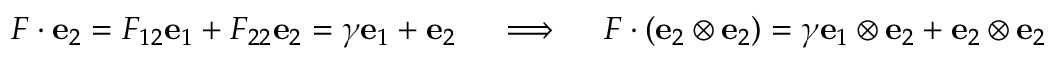
{ \boldsymbol { F } } \cdot \mathbf { e } _ { 2 } = F _ { 1 2 } \mathbf { e } _ { 1 } + F _ { 2 2 } \mathbf { e } _ { 2 } = \gamma \mathbf { e } _ { 1 } + \mathbf { e } _ { 2 } \quad \implies \quad { \boldsymbol { F } } \cdot ( \mathbf { e } _ { 2 } \otimes \mathbf { e } _ { 2 } ) = \gamma \mathbf { e } _ { 1 } \otimes \mathbf { e } _ { 2 } + \mathbf { e } _ { 2 } \otimes \mathbf { e } _ { 2 }